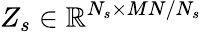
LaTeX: Z_{s}\in\mathbb R^{N_{s}\times MN/N_{s}}